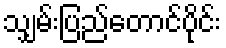
သျှမ်းပြည်တောင်ပိုင်း